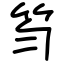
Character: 笉